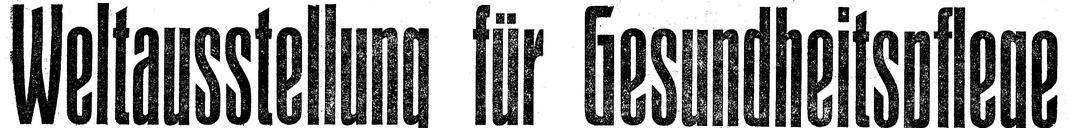
Weltausstellung für Gesundheitspflege